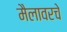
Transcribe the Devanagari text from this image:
मैलावरचे